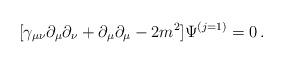
LaTeX: \begin{align*}[\gamma_{\mu\nu}\partial_\mu \partial_\nu + \partial_\mu \partial_\mu -2m^2 ] \Psi^{(j=1)}= 0\,.\end{align*}